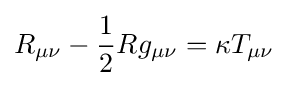
R_{\mu \nu }-{\frac {1}{2}}Rg_{\mu \nu }=\kappa T_{\mu \nu }